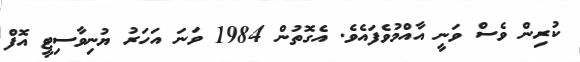
ކުރިން ވެސް ވަނީ އާއްމުވެފައެވެ. އެގޮތުން 1984 ވަނަ އަހަރު ޔުނިވާސިޓީ އޮފް